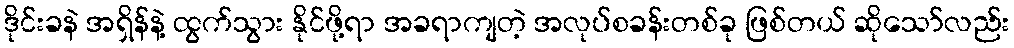
ဒိုင်းခနဲ အရှိန်နဲ့ ထွက်သွား နိုင်ဖို့ရာ အခရာကျတဲ့ အလုပ်စခန်းတစ်ခု ဖြစ်တယ် ဆိုသော်လည်း